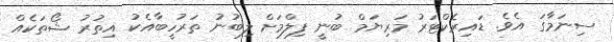
ސިނަމާގަ އެވެ. ޑައިރެކްޓަރު މަރިޔަމް ބުނީ ފިލްމަށް ލިބުނު ތަރުހީބާއެކު އިތުރު ޝޯތަކެއް